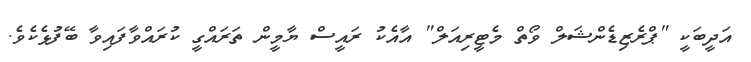
އަދީބަކީ "ޕްރެޒިޑެންޝަލް ވޯތް މެޓީރިއަލް" އާއެކު ރައީސް ޔާމީން ތަރައްގީ ކުރައްވާފައިވާ ބޭފުޅެކެވެ.